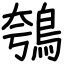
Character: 鴮